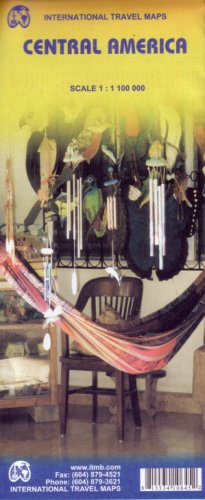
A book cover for Central America 1:1,100,000 Travel Map (International Travel Maps); ITM Canada; Travel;